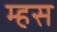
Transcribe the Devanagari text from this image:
म्हस